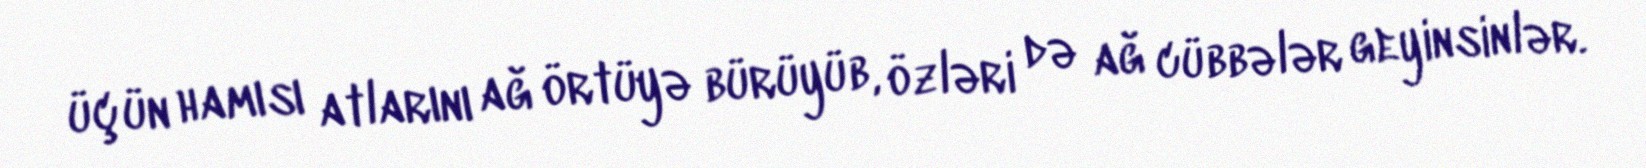
üçün hamısı atlarını ağ örtüyə bürüyüb, özləri də ağ cübbələr geyinsinlər.